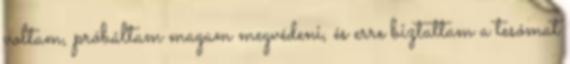
voltam, próbáltam magam megvédeni, és erre biztattam a tesómat